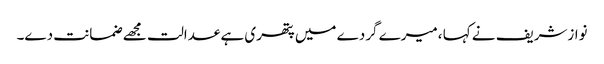
نوازشریف نے کہا ،میرے گردے میں پتھری ہے عدالت مجھے ضمانت دے۔